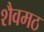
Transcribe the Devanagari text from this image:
शैवमठ